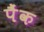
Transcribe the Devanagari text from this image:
पैंक